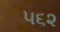
૫૬૨